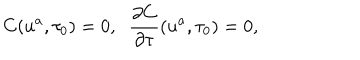
C ( u ^ { a } , \tau _ { 0 } ) = 0 , \; \; \frac { \partial C } { \partial \tau } ( u ^ { a } , \tau _ { 0 } ) = 0 ,